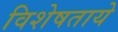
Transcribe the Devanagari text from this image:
विशेषताये